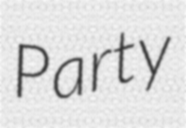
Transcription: Party